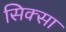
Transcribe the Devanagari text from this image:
सिक्सा